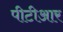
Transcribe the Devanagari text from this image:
पीटीआर